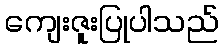
ကျေးဇူးပြုပါသည်